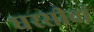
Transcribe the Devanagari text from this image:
धरसीवां